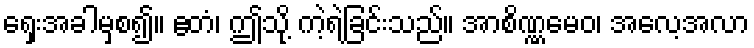
ရှေးအခါမှစ၍။ ဧတံ၊ ဤသို့ ကဲ့ရဲ့ခြင်းသည်။ အာစိဏ္ဏမေဝ၊ အလေ့အလာ